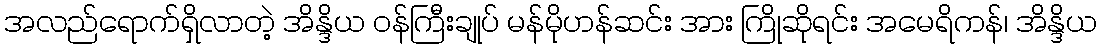
အလည်ရောက်ရှိလာတဲ့ အိန္ဒိယ ဝန်ကြီးချုပ် မန်မိုဟန်ဆင်း အား ကြိုဆိုရင်း အမေရိကန်၊ အိန္ဒိယ